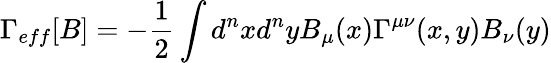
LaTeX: \Gamma_{eff}[B]=-\frac{1}{2}\int d^{n}xd^{n}yB_{\mu}(x)\Gamma^{\mu\nu}(x,y)B_{\nu}(y)